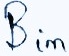
Text: Bin